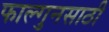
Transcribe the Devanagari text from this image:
फाल्गुनसाठी